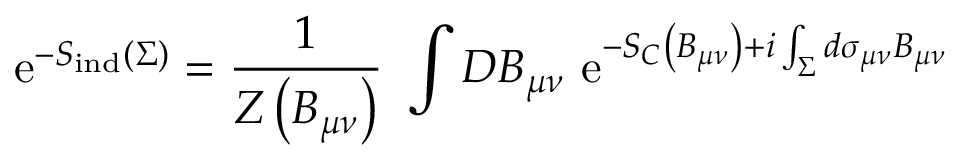
\mathrm { e } ^ { - S _ { \mathrm { i n d } } \left( \Sigma \right) } = { \frac { 1 } { Z \left( B _ { \mu \nu } \right) } } \ \int { \cal D } B _ { \mu \nu } \ \mathrm { e } ^ { - S _ { C } \left( B _ { \mu \nu } \right) + i \int _ { \Sigma } d \sigma _ { \mu \nu } B _ { \mu \nu } }